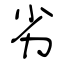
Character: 劣